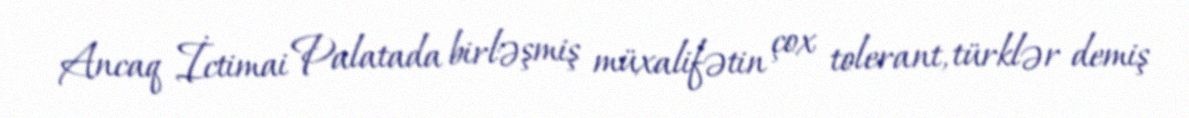
Ancaq İctimai Palatada birləşmiş müxalifətin çox tolerant, türklər demiş